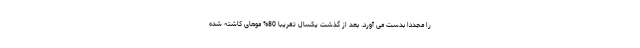
را مجددا بدست می آورد. بعد از گذشت یکسال تقریبا 80% موهای کاشته شده